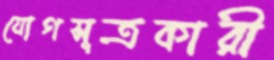
যোগসূত্রকারী